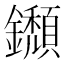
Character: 𨯸